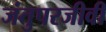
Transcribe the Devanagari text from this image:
जंतुपरजीवी